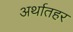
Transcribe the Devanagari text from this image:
अर्थातहर